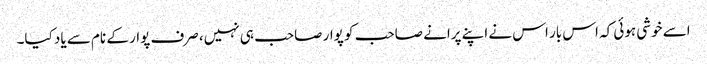
اسے خوشی ہوئی کہ اس بار اس نے اپنے پرانے صاحب کو پوار صاحب ہی نہیں، صرف پوار کے نام سے یاد کیا۔